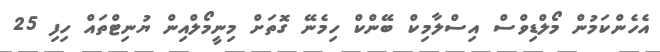
އެހެންކަމުން މޯލްޑިވްސް އިސްލާމިކް ބޭންކް ހިމެނޭ ގޮތަށް މިނީމޯލްއިން ޔުނިޓްތައް ހިފި 25